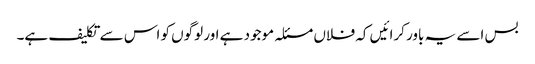
بس اسے یہ باور کرائیں کہ فلاں مسئلہ موجود ہے اور لوگوں کو اس سے تکلیف ہے۔